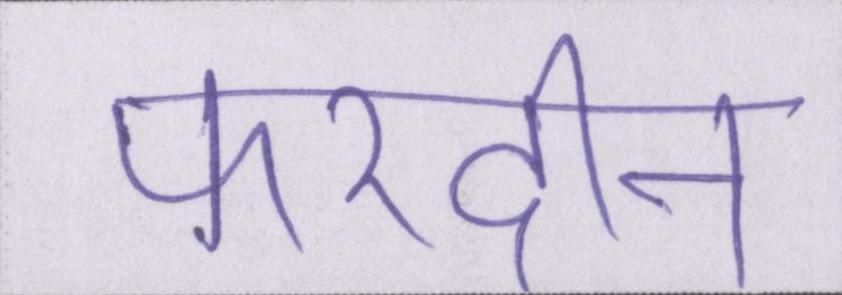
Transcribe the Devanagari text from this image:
फरदीन